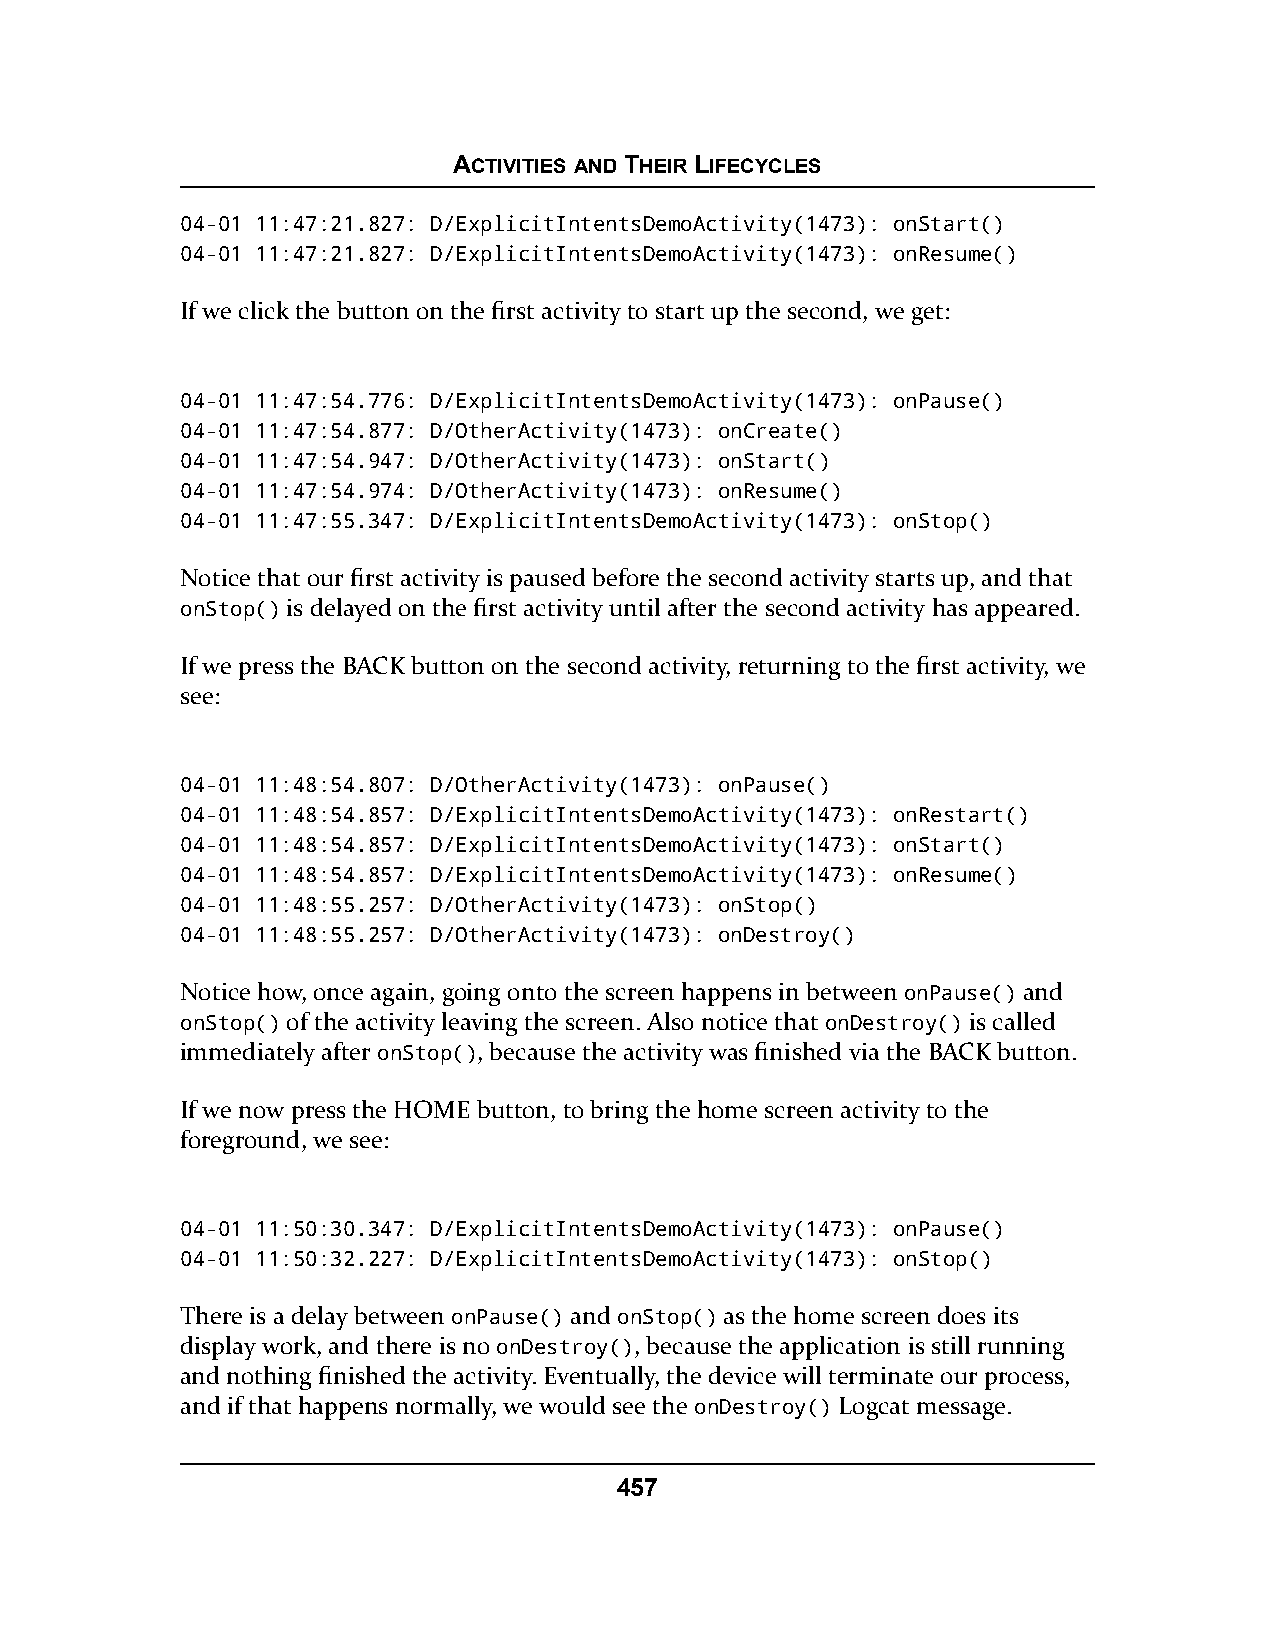
ACTIVITIES AND THEIR LIFECYCLES
 04-01 11:47:21.827: D/ExplicitIntentsDemoActivity(1473): onStart()
 04-01 11:47:21.827: D/ExplicitIntentsDemoActivity(1473): onResume()
 If we click the button on the first activity to start up the second, we get:
 04-01 11:47:54.776: D/ExplicitIntentsDemoActivity(1473): onPause()
 04-01 11:47:54.877: D/OtherActivity(1473): onCreate()
 04-01 11:47:54.947: D/OtherActivity(1473): onStart()
 04-01 11:47:54.974: D/OtherActivity(1473): onResume()
 04-01 11:47:55.347: D/ExplicitIntentsDemoActivity(1473): onStop()
 Notice that our first activity is paused before the second activity starts up, and that
 onStop() is delayed on the first activity until after the second activity has appeared.
 If we press the BACK button on the second activity, returning to the first activity, we
 see:
 04-01 11:48:54.807: D/OtherActivity(1473): onPause()
 04-01 11:48:54.857: D/ExplicitIntentsDemoActivity(1473): onRestart()
 04-01 11:48:54.857: D/ExplicitIntentsDemoActivity(1473): onStart()
 04-01 11:48:54.857: D/ExplicitIntentsDemoActivity(1473): onResume()
 04-01 11:48:55.257: D/OtherActivity(1473): onStop()
 04-01 11:48:55.257: D/OtherActivity(1473): onDestroy()
 Notice how, once again, going onto the screen happens in between onPause() and
 onStop() of the activity leaving the screen. Also notice that onDestroy() is called
 immediately after onStop(), because the activity was finished via the BACK button.
 If we now press the HOME button, to bring the home screen activity to the
 foreground, we see:
 04-01 11:50:30.347: D/ExplicitIntentsDemoActivity(1473): onPause()
 04-01 11:50:32.227: D/ExplicitIntentsDemoActivity(1473): onStop()
 There is a delay between onPause() and onStop() as the home screen does its
 display work, and there is no onDestroy(), because the application is still running
 and nothing finished the activity. Eventually, the device will terminate our process,
 and if that happens normally, we would see the onDestroy() Logcat message.
 457